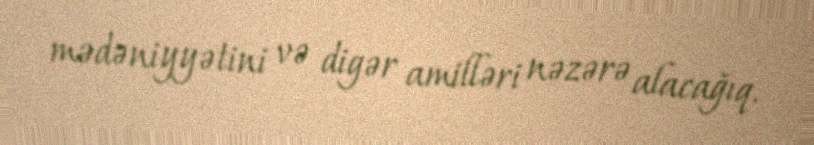
mədəniyyətini və digər amilləri nəzərə alacağıq.